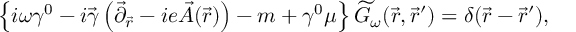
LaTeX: \left\{ i \omega \gamma ^ { 0 } - i \vec { \gamma } \left( \vec { \partial } _ { \vec { r } } - i e \vec { A } ( \vec { r } ) \right) - m + \gamma ^ { 0 } \mu \right\} \widetilde { G } _ { \omega } ( \vec { r } , \vec { r } ^ { \prime } ) = \delta ( \vec { r } - \vec { r } ^ { \prime } ) ,